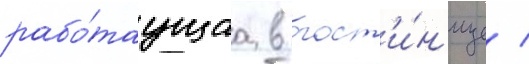
рабо́таущаа в гост'и́н'ице /